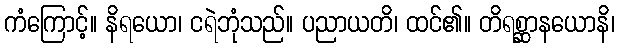
ကံကြောင့်။ နိရယော၊ ငရဲဘုံသည်။ ပညာယတိ၊ ထင်၏။ တိရစ္ဆာနယောနိ၊